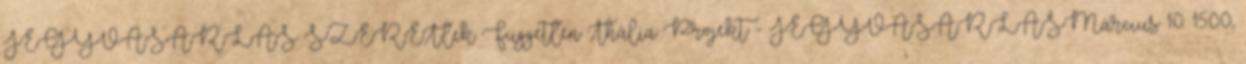
JEGYVÁSÁRLÁS SZERET.lek Független Thália Projekt - JEGYVÁSÁRLÁSMárcius 10. 15:00,